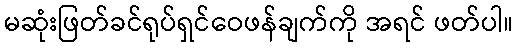
မဆုံးဖြတ်ခင်ရုပ်ရှင်ဝေဖန်ချက်ကို အရင် ဖတ်ပါ။